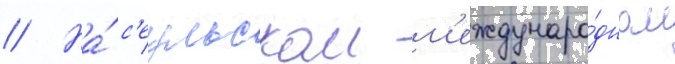
// На́ с'еульском м'еждунаро́дном